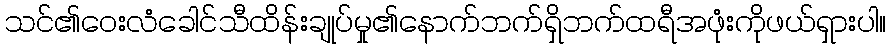
သင်၏ဝေးလံခေါင်သီထိန်းချုပ်မှု၏နောက်ဘက်ရှိဘက်ထရီအဖုံးကိုဖယ်ရှားပါ။